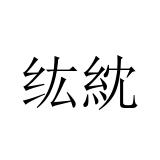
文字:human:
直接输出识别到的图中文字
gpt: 纮紞